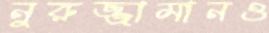
নুরুজ্জামানও